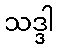
သဒ္ဒါ